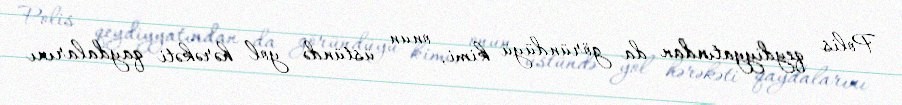
Polis qeydiyyatından da göründüyü kimi, onun üstündə yol hərəkəti qaydalarını